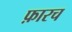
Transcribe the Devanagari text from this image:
फ़ारच